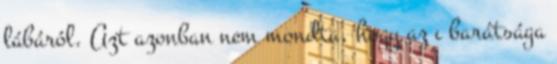
lábáról. Azt azonban nem mondta, hogy az ı barátsága